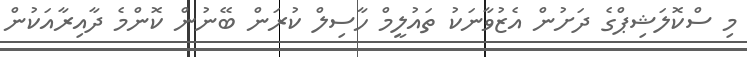
މި ސްކޮލަޝިޕްގެ ދަށުން އެޒުވާނަކު ތައުލީމް ހާސިލް ކުރަން ބޭނުން ކޮންމެ ދާއިރާއަކުން